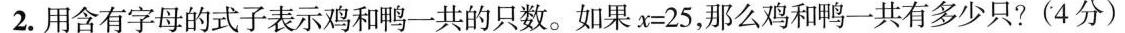
2.用含有字母的式子表示鸡和鸭一共的只数。如果$$x = 2 5$$，那么鸡和鸭一共有多少只?(4分)